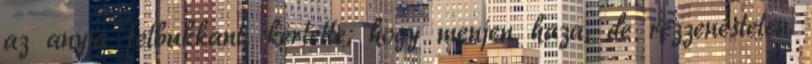
az anyja felbukkant, kérlelte, hogy menjen haza, de rezzenéstelen